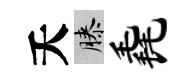
夭膝毳